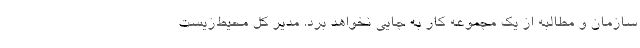
سازمان و مطالبه از یک مجموعه کار به جایی نخواهد برد. مدیر کل محیط‌زیست